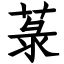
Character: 菉